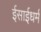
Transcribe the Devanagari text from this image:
ईसाईधर्मं